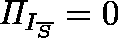
\mathit { \Pi } _ { I _ { \overline { { S } } } } = 0